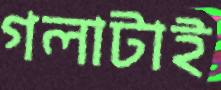
গলাটাই